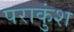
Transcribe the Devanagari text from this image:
पराकुंश